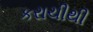
કરાચીથી